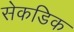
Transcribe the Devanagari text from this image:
सेकडिक